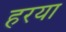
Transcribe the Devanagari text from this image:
हरया